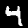
Digit: 4